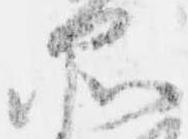
品